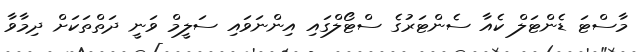
މާސްޓަ ޑެންޓަލް ކެއާ ސެންޓަރުގެ ސްޓޯލްގައި އިންނަވައި ސަލީމް ވަނީ ދަތްތަކަށް ދިމާވާ